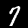
Digit: 7